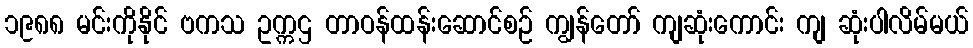
၁၉၈၈ မင်းကိုနိုင် ဗကသ ဥက္ကဌ တာဝန်ထန်းဆောင်စဉ် ကျွန်တော် ကျဆုံးကောင်း ကျ ဆုံးပါလိမ်မယ်